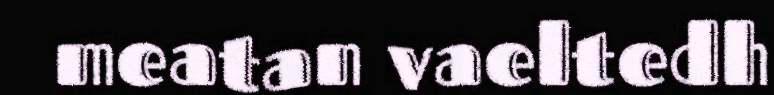
meatan vaeltedh